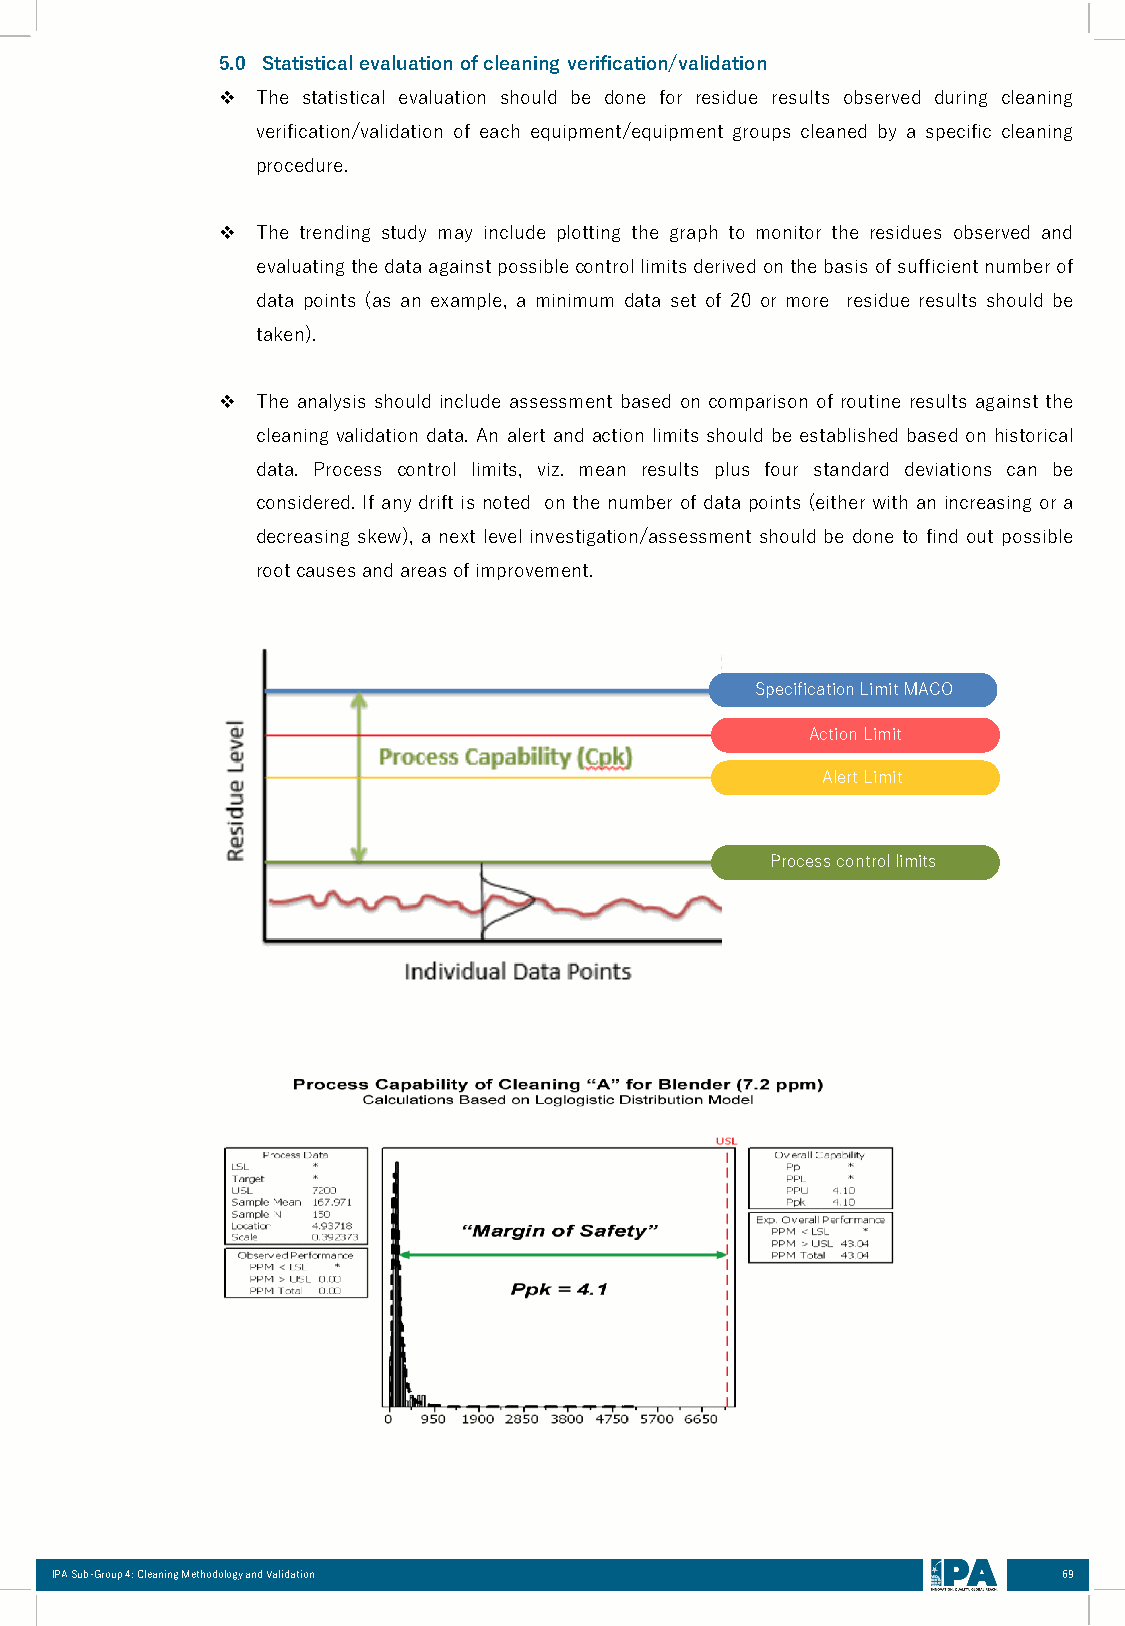
5.0 Statisticalevaluation ofcleaning verification/validation
 ❖  The statistical evaluation should be done for residue results observed during cleaning
 verification/validation of each equipment/equipment groups cleaned by a specific cleaning
 procedure.
 ❖  The trending study may include plotting the graph to monitor the residues observed and
 evaluatingthedataagainstpossiblecontrollimitsderivedonthebasisofsufficientnumberof
 data points (as an example, a minimum data set of 20 or more residue results should be
 taken).
 ❖  The analysis should include assessment based on comparison of routine results against the
 cleaning validation data. An alert and action limits should be established based on historical
 data. Process control limits, viz. mean results plus four standard deviations can be
 considered. If any drift is noted on the number of data points (either with an increasing or a
 decreasing skew), a next level investigation/assessment should be done to find out possible
 rootcausesandareasofimprovement.
 Specification Limit MACO
 Action Limit
 Alert Limit
 Process control limits
 IPA Sub-Group 4: Cleaning Methodology and Validation               69